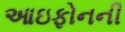
આઇફોનની